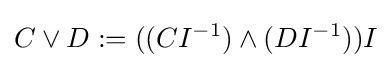
C\vee D:=((CI^{-1})\wedge (DI^{-1}))I